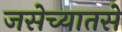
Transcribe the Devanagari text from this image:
जसेच्यातसे